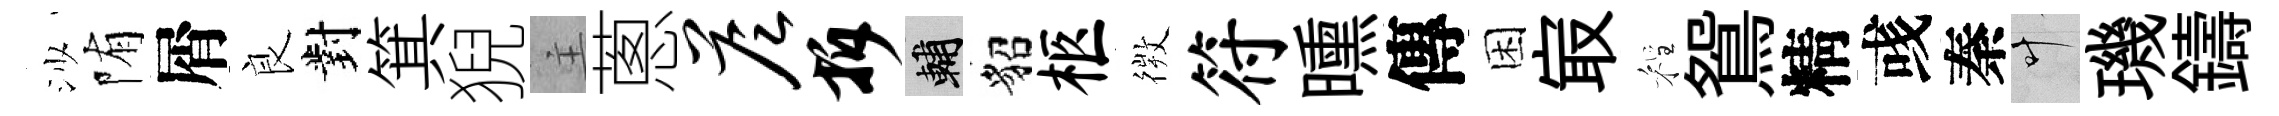
沙陏屑良對箕猊主蔥答拆輔貂柩𢕄符曛傳困㝡程鴛精彧秦叶璣鑄